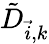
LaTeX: \tilde{D}_{\vec{i},k}